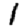
Digit: 1